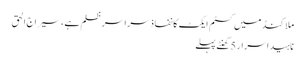
ملاکنڈ میں کسٹم ایکٹ کا نفاذ سراسر ظلم ہے ، سیراج الحق
ناہید اسرار 5 گھنٹے پہلے